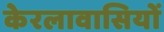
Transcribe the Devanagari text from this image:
केरलावासियों